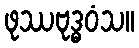
ဖုဿဗုဒ္ဓဝံသ။